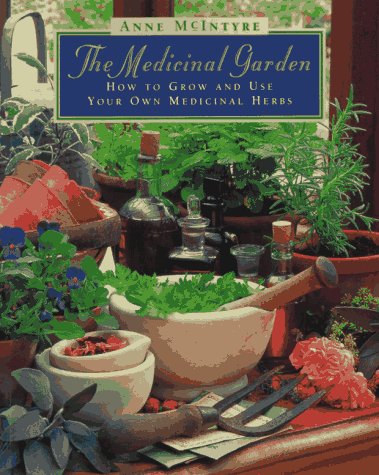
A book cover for The Medicinal Garden: How to Grow and Use Your Own Medicinal Herbs; Anne McIntyre; Medical Books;